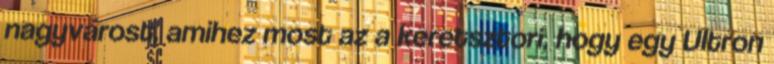
nagyvárost, amihez most az a keretsztori, hogy egy Ultron